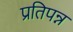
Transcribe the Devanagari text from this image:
प्रतिपन्न